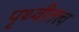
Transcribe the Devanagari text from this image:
पृथ्वीतत्त्व